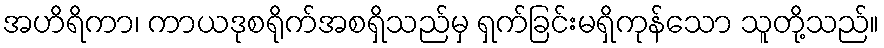
အဟိရိကာ၊ ကာယဒုစရိုက်အစရှိသည်မှ ရှက်ခြင်းမရှိကုန်သော သူတို့သည်။